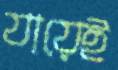
যায়েই